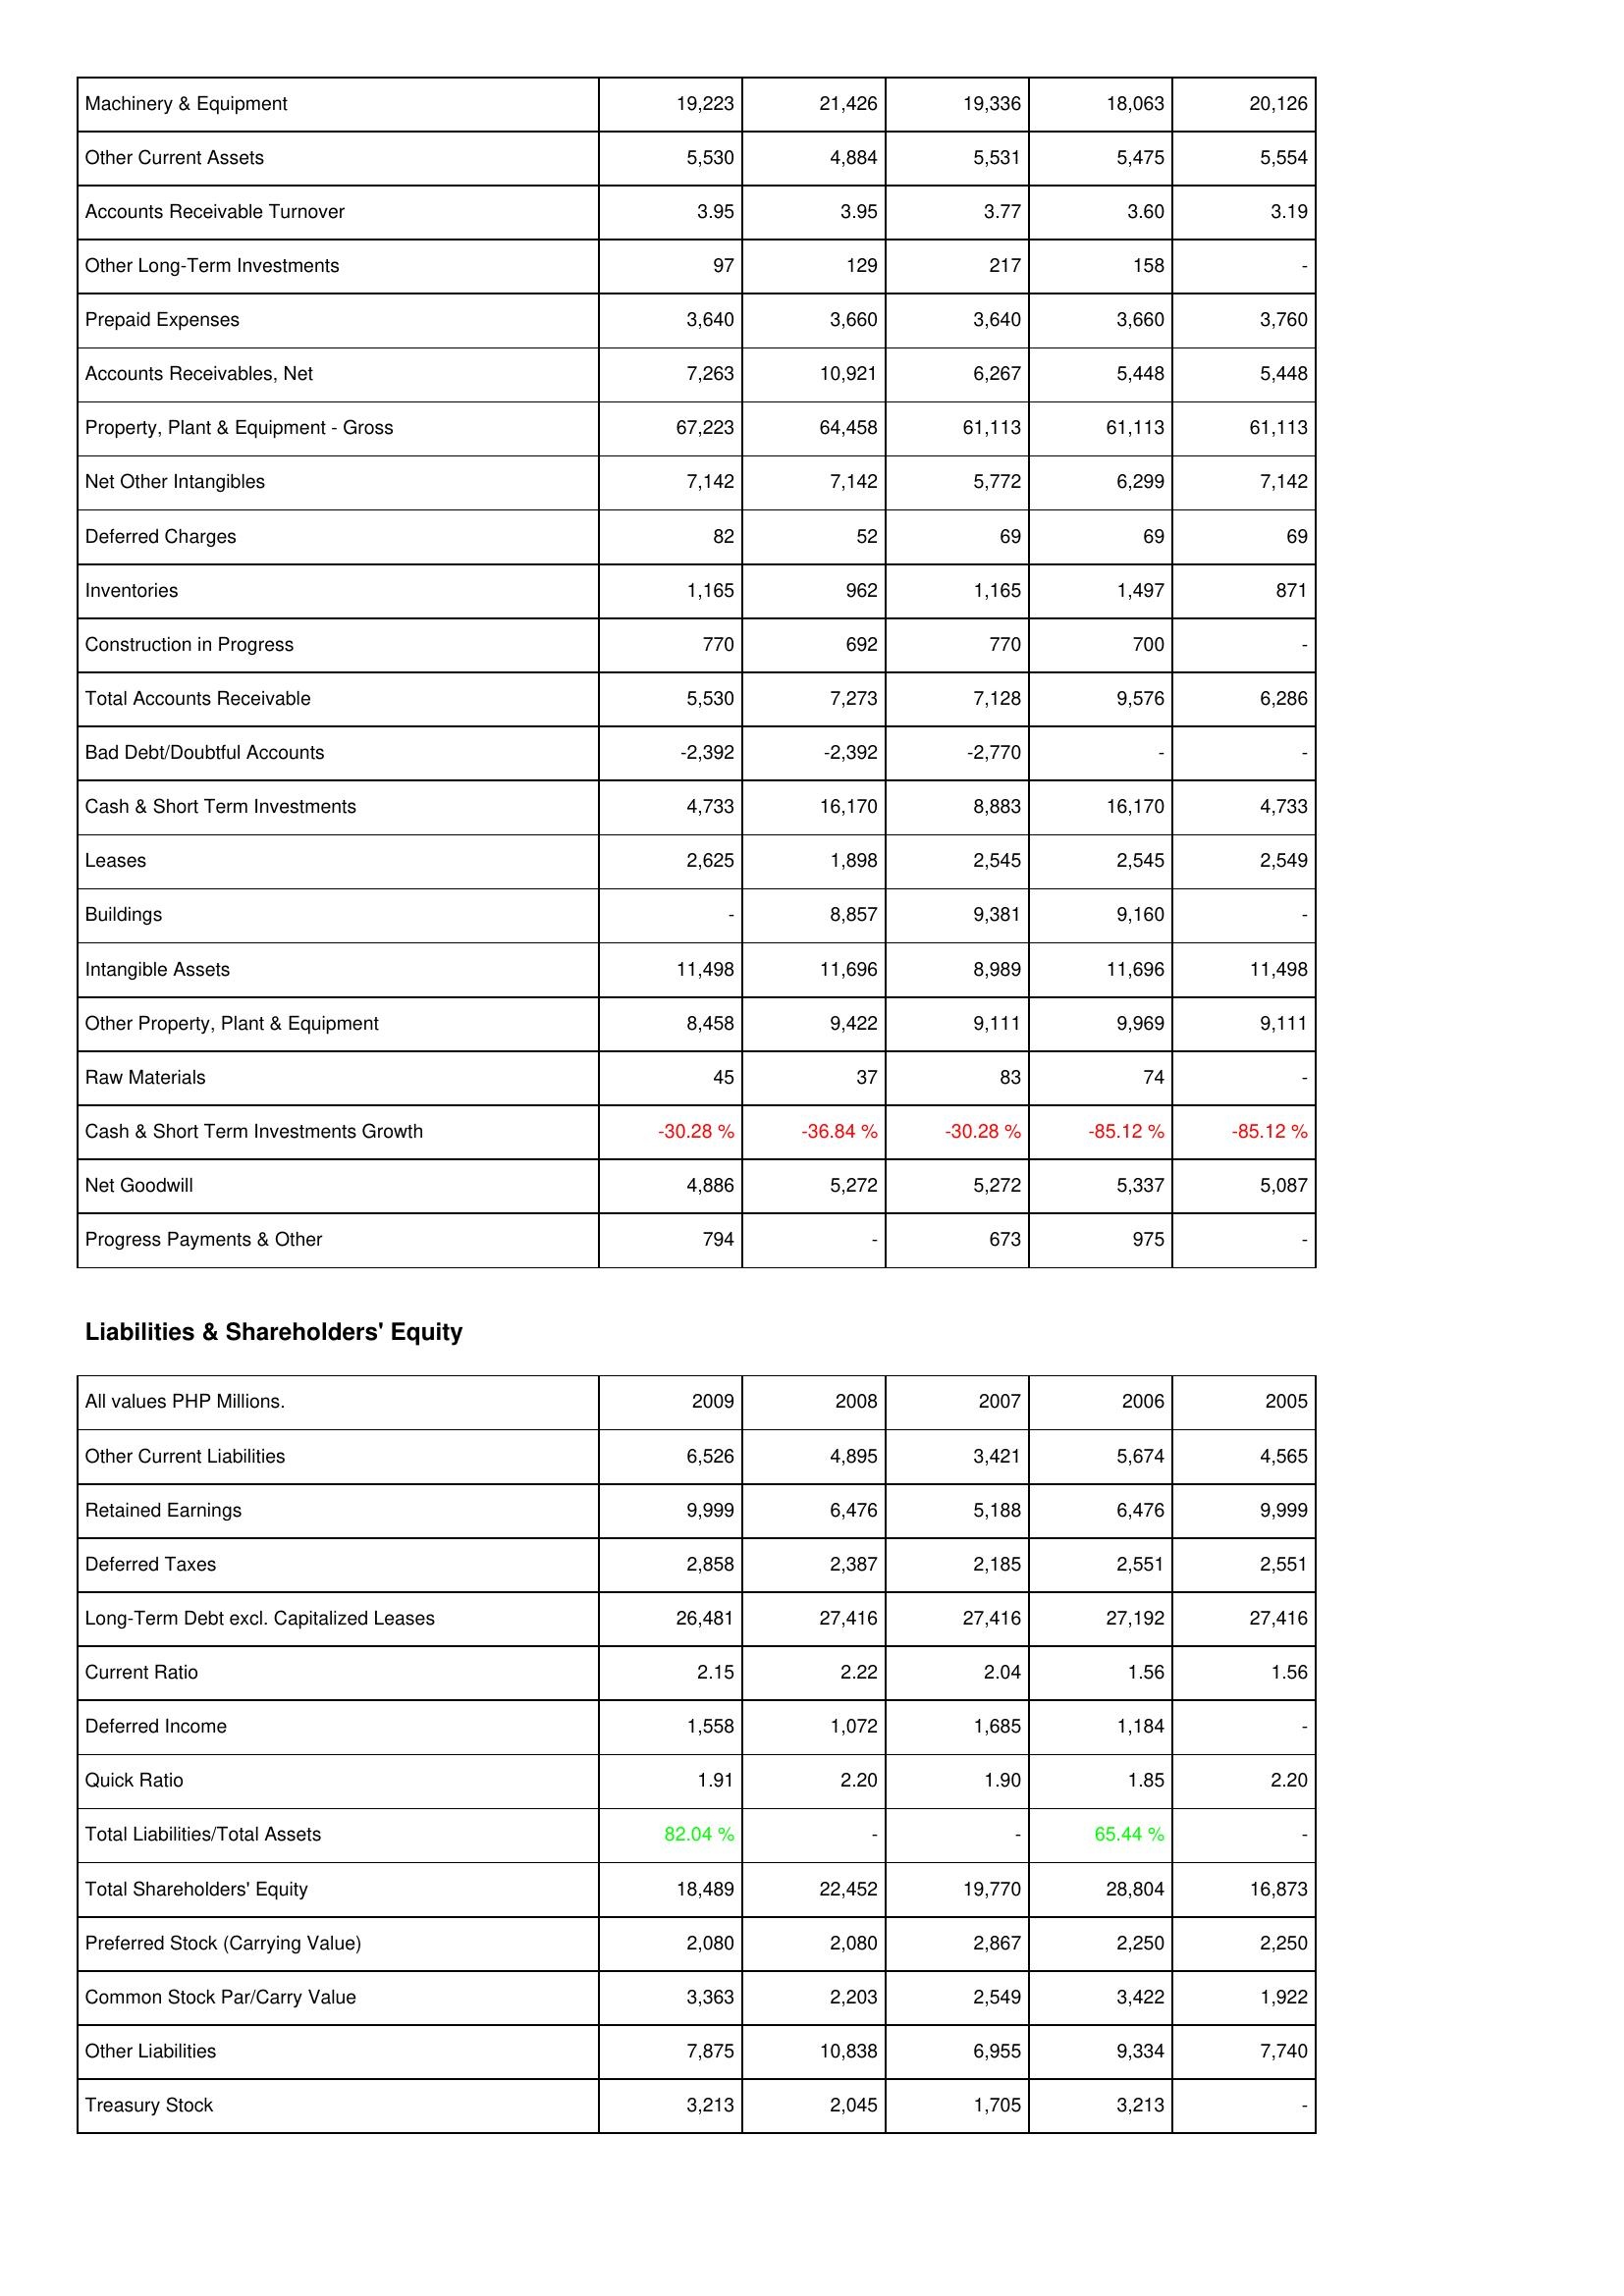
2009: Assets: Machinery & Equipment: 19,223
Other Current Assets: 5,530
Accounts Receivable Turnover: 3.95
Other Long-Term Investments: 97
Prepaid Expenses: 3,640
Accounts Receivables, Net: 7,263
Property, Plant & Equipment - Gross: 67,223
Net Other Intangibles: 7,142
Deferred Charges: 82
Inventories: 1,165
Construction in Progress: 770
Total Accounts Receivable: 5,530
Bad Debt/Doubtful Accounts: -2,392
Cash & Short Term Investments: 4,733
Leases: 2,625
Buildings: -
Intangible Assets: 11,498
Other Property, Plant & Equipment: 8,458
Raw Materials: 45
Cash & Short Term Investments Growth: -30.28 %
Net Goodwill: 4,886
Progress Payments & Other: 794
Liabilities & Shareholders' Equity: Other Current Liabilities: 6,526
Retained Earnings: 9,999
Deferred Taxes: 2,858
Long-Term Debt excl. Capitalized Leases: 26,481
Current Ratio: 2.15
Deferred Income: 1,558
Quick Ratio: 1.91
Total Liabilities/Total Assets: 82.04 %
Total Shareholders' Equity: 18,489
Preferred Stock (Carrying Value): 2,080
Common Stock Par/Carry Value: 3,363
Other Liabilities: 7,875
Treasury Stock: 3,213
2008: Assets: Machinery & Equipment: 21,426
Other Current Assets: 4,884
Accounts Receivable Turnover: 3.95
Other Long-Term Investments: 129
Prepaid Expenses: 3,660
Accounts Receivables, Net: 10,921
Property, Plant & Equipment - Gross: 64,458
Net Other Intangibles: 7,142
Deferred Charges: 52
Inventories: 962
Construction in Progress: 692
Total Accounts Receivable: 7,273
Bad Debt/Doubtful Accounts: -2,392
Cash & Short Term Investments: 16,170
Leases: 1,898
Buildings: 8,857
Intangible Assets: 11,696
Other Property, Plant & Equipment: 9,422
Raw Materials: 37
Cash & Short Term Investments Growth: -36.84 %
Net Goodwill: 5,272
Progress Payments & Other: -
Liabilities & Shareholders' Equity: Other Current Liabilities: 4,895
Retained Earnings: 6,476
Deferred Taxes: 2,387
Long-Term Debt excl. Capitalized Leases: 27,416
Current Ratio: 2.22
Deferred Income: 1,072
Quick Ratio: 2.20
Total Liabilities/Total Assets: -
Total Shareholders' Equity: 22,452
Preferred Stock (Carrying Value): 2,080
Common Stock Par/Carry Value: 2,203
Other Liabilities: 10,838
Treasury Stock: 2,045
2007: Assets: Machinery & Equipment: 19,336
Other Current Assets: 5,531
Accounts Receivable Turnover: 3.77
Other Long-Term Investments: 217
Prepaid Expenses: 3,640
Accounts Receivables, Net: 6,267
Property, Plant & Equipment - Gross: 61,113
Net Other Intangibles: 5,772
Deferred Charges: 69
Inventories: 1,165
Construction in Progress: 770
Total Accounts Receivable: 7,128
Bad Debt/Doubtful Accounts: -2,770
Cash & Short Term Investments: 8,883
Leases: 2,545
Buildings: 9,381
Intangible Assets: 8,989
Other Property, Plant & Equipment: 9,111
Raw Materials: 83
Cash & Short Term Investments Growth: -30.28 %
Net Goodwill: 5,272
Progress Payments & Other: 673
Liabilities & Shareholders' Equity: Other Current Liabilities: 3,421
Retained Earnings: 5,188
Deferred Taxes: 2,185
Long-Term Debt excl. Capitalized Leases: 27,416
Current Ratio: 2.04
Deferred Income: 1,685
Quick Ratio: 1.90
Total Liabilities/Total Assets: -
Total Shareholders' Equity: 19,770
Preferred Stock (Carrying Value): 2,867
Common Stock Par/Carry Value: 2,549
Other Liabilities: 6,955
Treasury Stock: 1,705
2006: Assets: Machinery & Equipment: 18,063
Other Current Assets: 5,475
Accounts Receivable Turnover: 3.60
Other Long-Term Investments: 158
Prepaid Expenses: 3,660
Accounts Receivables, Net: 5,448
Property, Plant & Equipment - Gross: 61,113
Net Other Intangibles: 6,299
Deferred Charges: 69
Inventories: 1,497
Construction in Progress: 700
Total Accounts Receivable: 9,576
Bad Debt/Doubtful Accounts: -
Cash & Short Term Investments: 16,170
Leases: 2,545
Buildings: 9,160
Intangible Assets: 11,696
Other Property, Plant & Equipment: 9,969
Raw Materials: 74
Cash & Short Term Investments Growth: -85.12 %
Net Goodwill: 5,337
Progress Payments & Other: 975
Liabilities & Shareholders' Equity: Other Current Liabilities: 5,674
Retained Earnings: 6,476
Deferred Taxes: 2,551
Long-Term Debt excl. Capitalized Leases: 27,192
Current Ratio: 1.56
Deferred Income: 1,184
Quick Ratio: 1.85
Total Liabilities/Total Assets: 65.44 %
Total Shareholders' Equity: 28,804
Preferred Stock (Carrying Value): 2,250
Common Stock Par/Carry Value: 3,422
Other Liabilities: 9,334
Treasury Stock: 3,213
2005: Assets: Machinery & Equipment: 20,126
Other Current Assets: 5,554
Accounts Receivable Turnover: 3.19
Other Long-Term Investments: -
Prepaid Expenses: 3,760
Accounts Receivables, Net: 5,448
Property, Plant & Equipment - Gross: 61,113
Net Other Intangibles: 7,142
Deferred Charges: 69
Inventories: 871
Construction in Progress: -
Total Accounts Receivable: 6,286
Bad Debt/Doubtful Accounts: -
Cash & Short Term Investments: 4,733
Leases: 2,549
Buildings: -
Intangible Assets: 11,498
Other Property, Plant & Equipment: 9,111
Raw Materials: -
Cash & Short Term Investments Growth: -85.12 %
Net Goodwill: 5,087
Progress Payments & Other: -
Liabilities & Shareholders' Equity: Other Current Liabilities: 4,565
Retained Earnings: 9,999
Deferred Taxes: 2,551
Long-Term Debt excl. Capitalized Leases: 27,416
Current Ratio: 1.56
Deferred Income: -
Quick Ratio: 2.20
Total Liabilities/Total Assets: -
Total Shareholders' Equity: 16,873
Preferred Stock (Carrying Value): 2,250
Common Stock Par/Carry Value: 1,922
Other Liabilities: 7,740
Treasury Stock: -